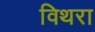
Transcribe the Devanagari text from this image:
विथरा